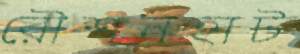
রৌশনহাট